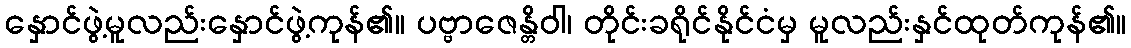
နှောင်ဖွဲ့မူလည်းနှောင်ဖွဲ့ကုန်၏။ ပဗ္ဗာဇေန္တိဝါ၊ တိုင်းခရိုင်နိုင်ငံမှ မူလည်းနှင်ထုတ်ကုန်၏။